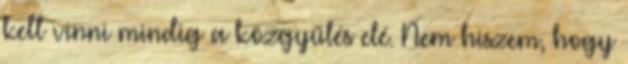
kell vinni mindig a közgyűlés elé. Nem hiszem, hogy